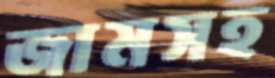
জামসহ